Civil Veterinary Department. Madras. Admin. report 1910-25 - 1910-1925
Year: 1910
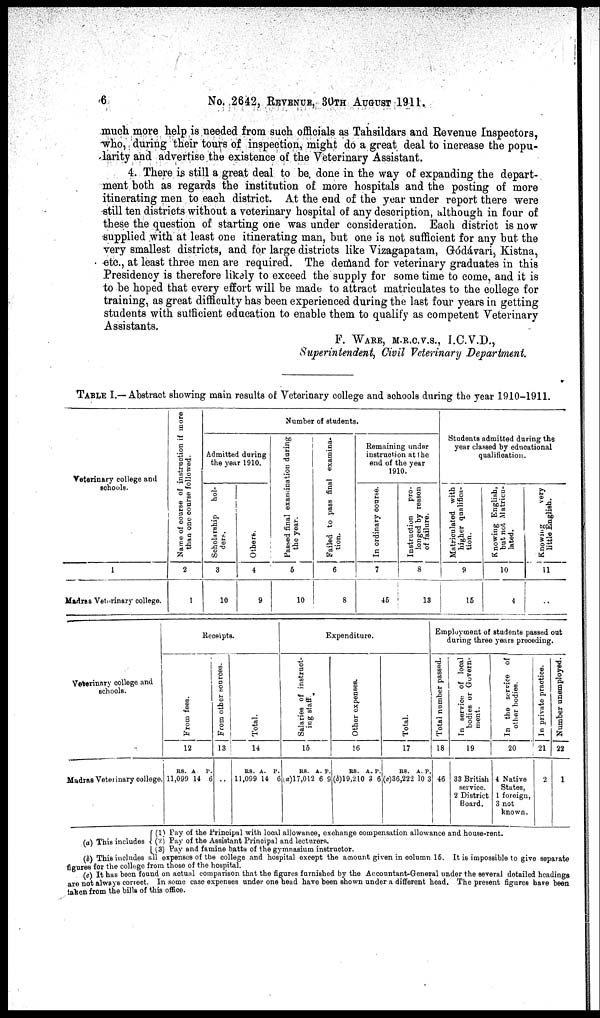
6
No. 2642, REVENUE, 30TH AUGUST 1911.
much more help is needed from such officials as Tahsildars and Revenue Inspectors,
who, during their tours of inspection, might do a great deal to increase the popu-
larity and advertise the existence of the Veterinary Assistant.
4. There is still a great deal to be. done in the way of expanding the depart-
ment both as regards the institution of more hospitals and the posting of more
itinerating men to each district. At the end of the year under report there were
still ten districts without a veterinary hospital of any description, although in four of
these the question of starting one was under consideration. Each district is now
supplied with at least one itinerating man, but one is not sufficient for any but the
very smallest districts, and for large districts like Vizagapatam, Gódávari, Kistna,
etc., at least three men are required. The demand for veterinary graduates in this
Presidency is therefore likely to exceed the supply for some time to come, and it is
to be hoped that every effort will be made to attract matriculates to the college for
training, as great difficulty has been experienced during the last four years in getting
students with sufficient education to enable them to qualify as competent Veterinary
Assistants.
F. WARE M.R.C.V.S, I.C.V.D.,
Superintendent, Civil Veterinary Department.
TABLE I.—Abstract showing main results of Veterinary college and schools during the year 1910-1911.
Veterinary college and
schools.
1
Madras Veterinary college.
Name of course of instruction if more
than one course followed.
2
1
Number of students.
Admitted during
the year 1910.
Scholarship
hol-
ders.
3
10
Others.
4
9
Passed final examination during
the year.
5
10
Failed to pass final examina-
tion.
6
8
Remaining under
instruction at the
end of the year
1910.
In ordinary course.
7
46
Instruction
pro-
longed by reason
of failure.
8
13
Students admitted during the
year classed by educational
qualification.
Matriculated with
higher qualifica-
tion.
9
15
Knowing English,
but not Matricu-
lated.
10
4
Knowing
very
little English.
11
..
Veterinary college and
schools.
Madras Veterinary college
Receipts.
Fr om fees.
12
Rs.
11,099
A.
14
P.
6
From other cources.
13
..
Total.
14
Rs.
11,099
A.
14
P.
6
Expenditure.
Sal ar i
es of i
ns t
r uct -
ing staff
15
Rs.
(a) 17,012
A.
6
P.
9
Other expenses.
16
Rs.
(b)19,210
A.
3
P.
6
Total.
17
Rs.
(c) 36,222
A.
10
P.
3
Employment of students passed oat
during three years preceding.
Total number passed.
18
46
In service
of local
bodies or Govern-
ment.
19
33 British
service.
2 District
Board.
In the service of
other bodies.
20
4 Native
States,
1 foreign,
3 not
known.
In private practice.
21
2
Number unemployed.
22
1
(a) This includes
(1) Pay of the Principal with local allowance, exchange compensation allowance and house-rent.
(2) Pay of the Assistant Principal and lecturers.
(3) Pay and famine batta of the gymnasium instructor.
(b) This includes all expenses of the college and hospital except the amount given in column 16. It is impossible to give separate
figures for the college from those of the hospital.
(c) It has been found on actual comparison that the figures furnished by the Accountant-General under the several detailed headings
are not always correct. In some case expenses under one head have been shown under a different head. The present figures have been
taken from the bills of this office.